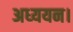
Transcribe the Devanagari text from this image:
अध्‍ययन।